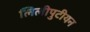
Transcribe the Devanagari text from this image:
लिलीपुटीयन